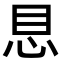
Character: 𪫩